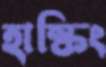
হাস্কিং